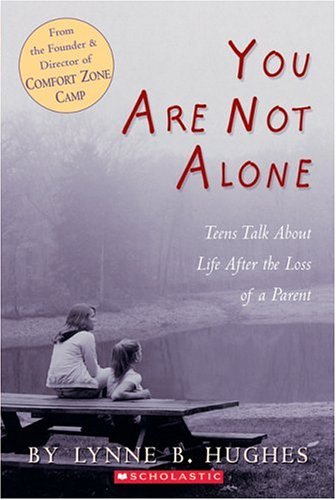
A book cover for You Are Not Alone: Teens Talk About Life After The Loss of a Parent; Lynn B. Hughes; Teen & Young Adult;